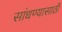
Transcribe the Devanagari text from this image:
सांधण्यासाठी